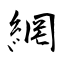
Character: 網